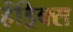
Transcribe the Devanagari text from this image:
हेंड्रिक्‍स